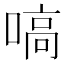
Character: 嗃